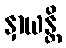
နှာယန္တိ